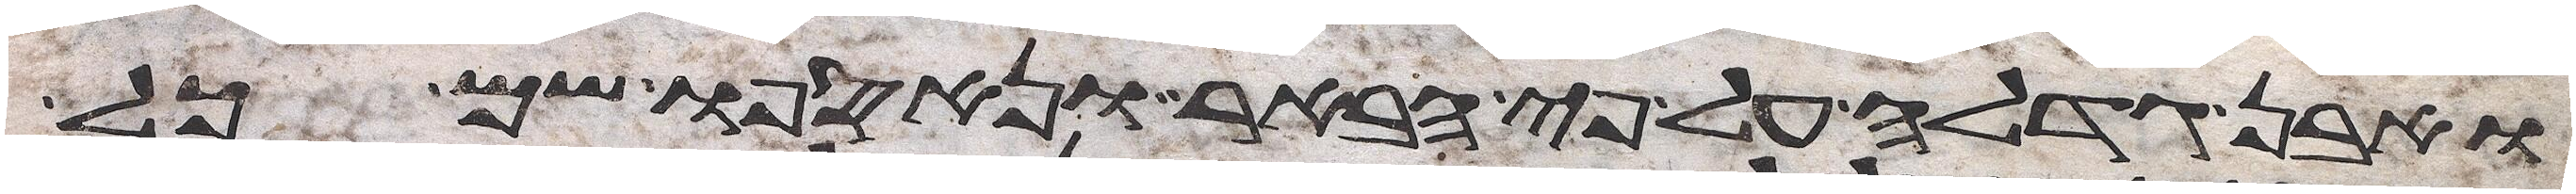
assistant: ואבן גדלה על פי הבאר ונאספו שם כל